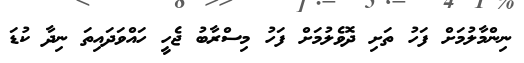
ނިންމާލުމަށް ފަހު ތަށި ދޮވެލުމަށް ފަހު މިސްރާބު ޖެހީ ހައްވަދައިތަ ނިދާ ކުޑަ